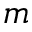
m